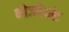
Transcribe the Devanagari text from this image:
भोजदेवके